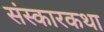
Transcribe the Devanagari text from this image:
संस्कारकथा